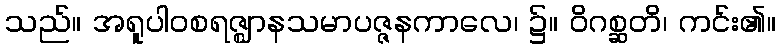
သည်။ အရူပါဝစရဇ္ဈာနသမာပဇ္ဇနကာလေ၊ ၌။ ဝိဂစ္ဆတိ၊ ကင်း၏။